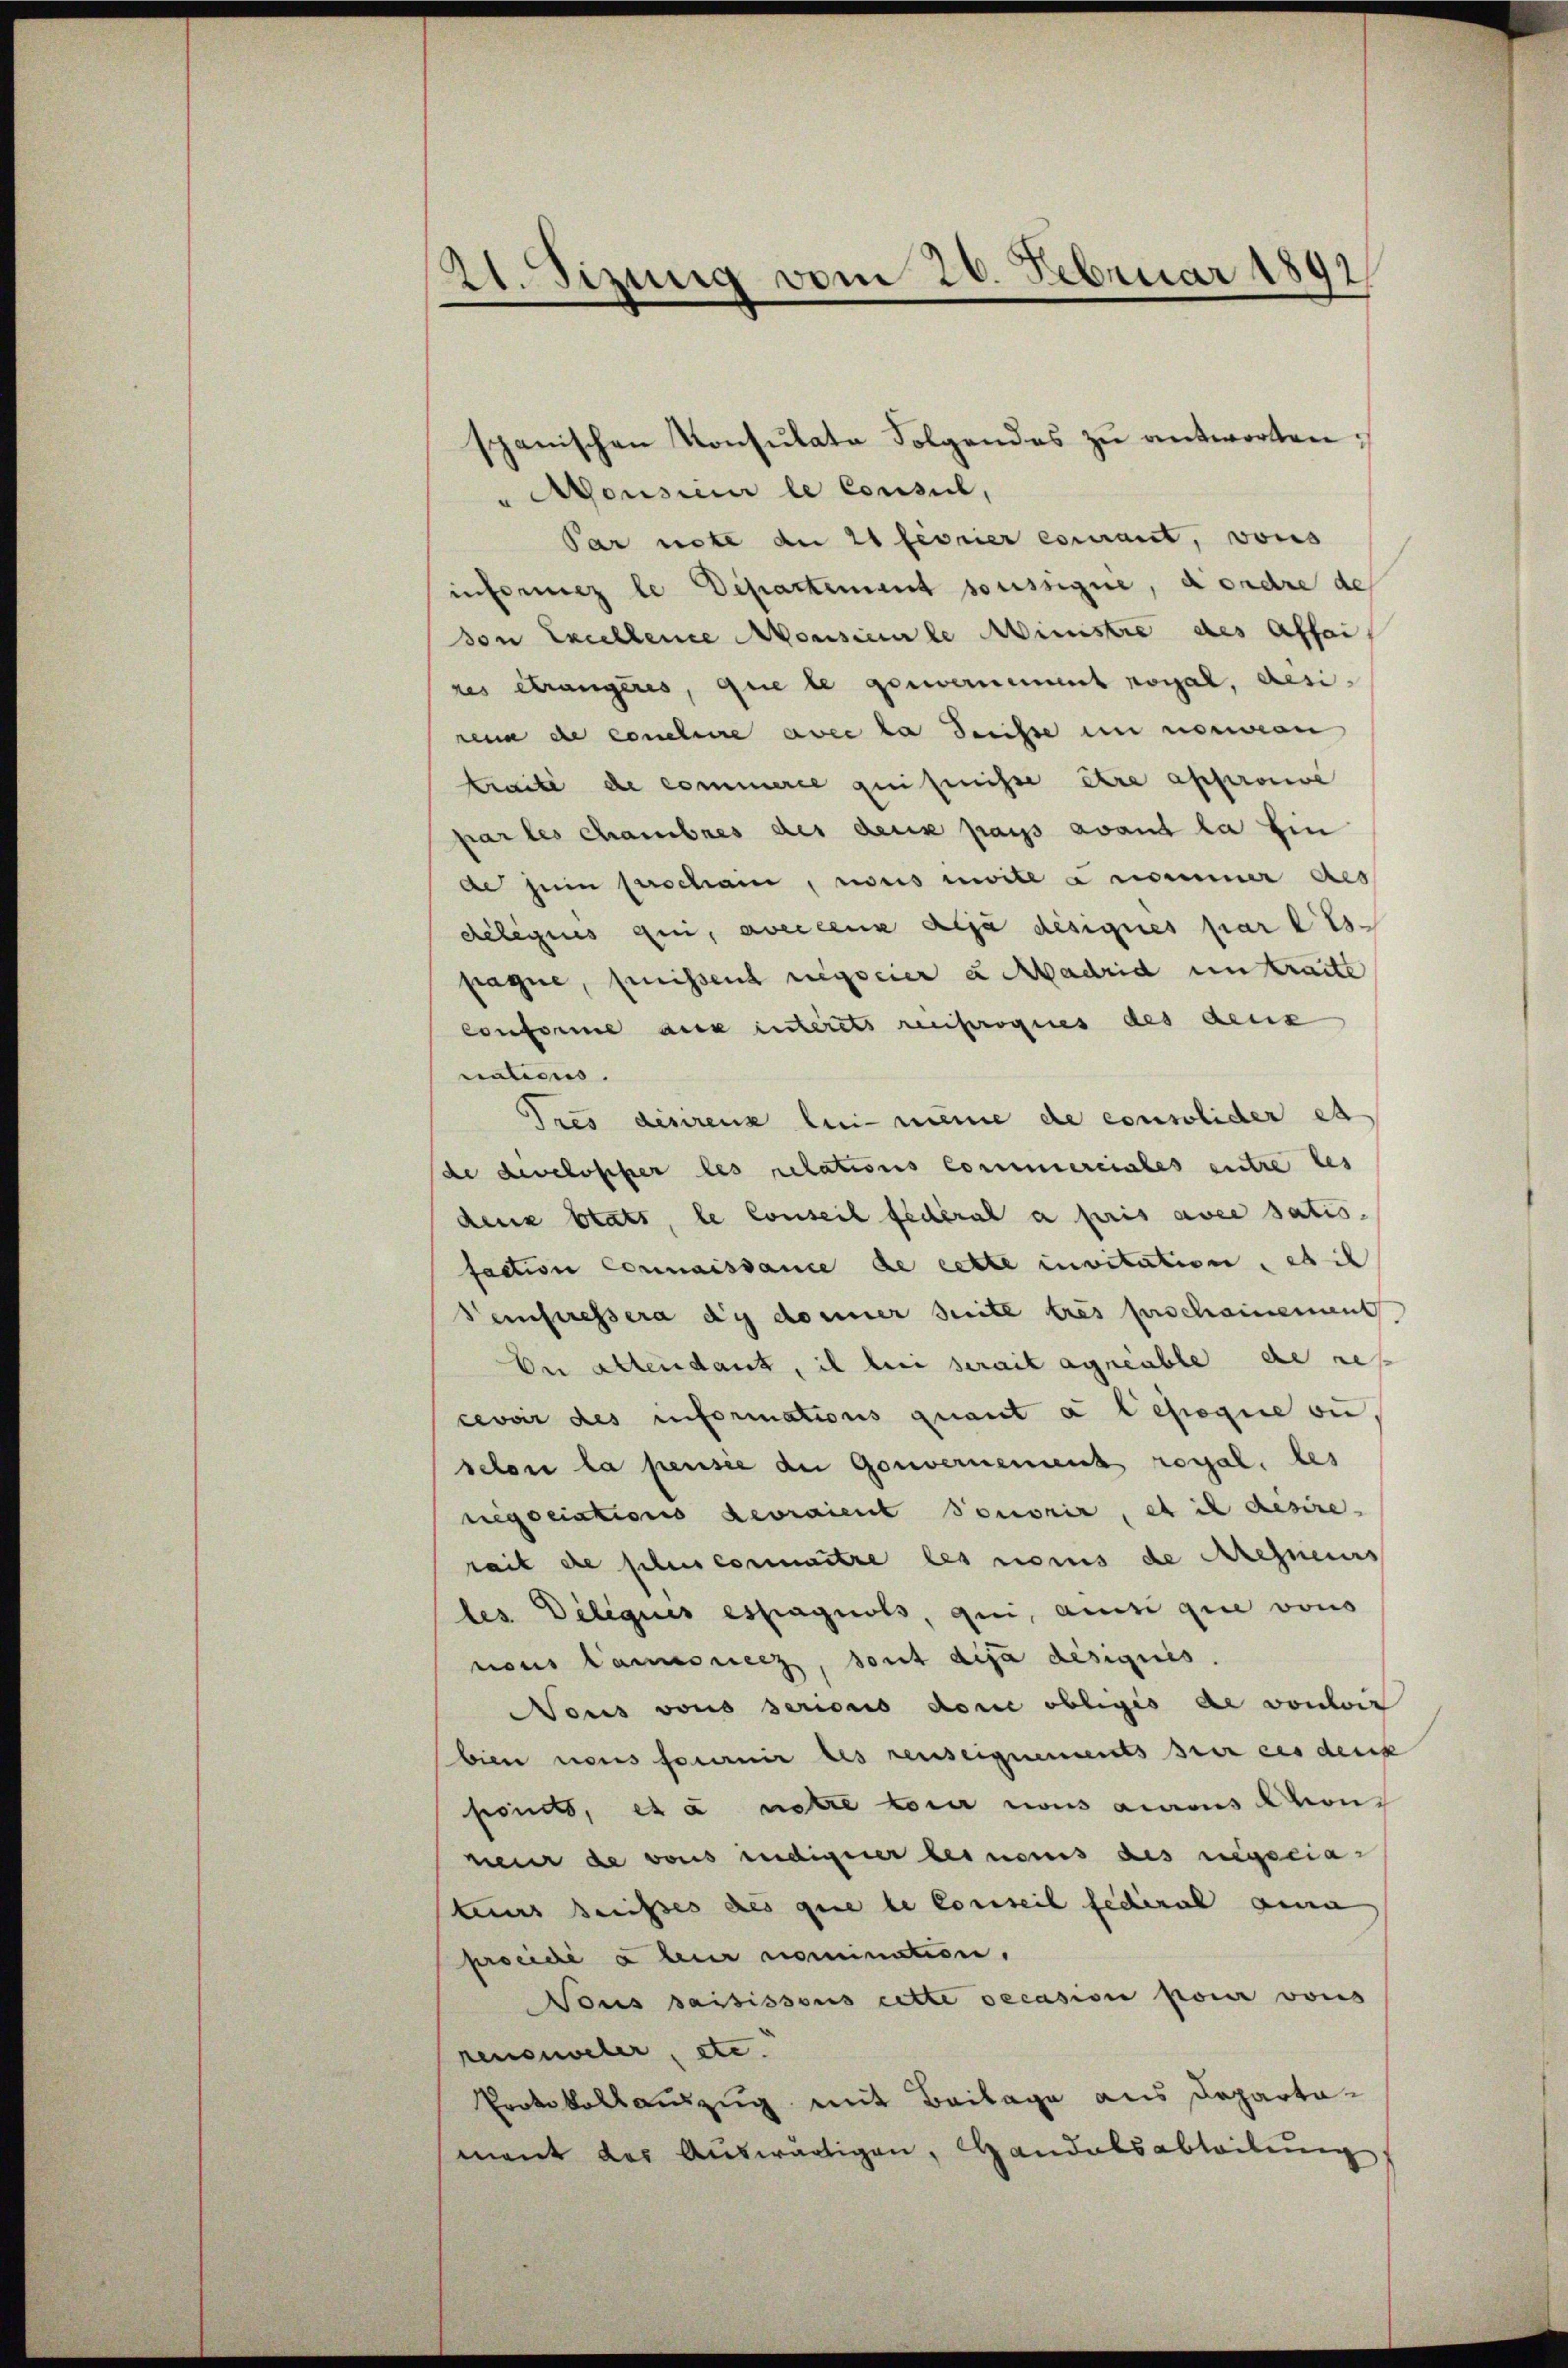
21. Sizung vom 20. Februar 1892

janischen Konsulate Folgendes zu antworten:
"Aousieur le Consul,
Par nete de 21 fivrier essant, vons
informez le Departement soussigne, a ordre des
von Excellence vorsicale Ministre des Affai
res étrangères, que le gouvernement moral, desirena de conclure avec la desse in nomien
kraité de commerce geeignisse être approuve
par les chambres des deux pays avant la hin
de sein verschain, reis unwill a nommer des
Religius qui, aveccene ala désignes par les
pague, penissend regscier u Madrid untraite
conforme aus interets reciproques des deux
nations.
dres dieserenz limine de consolider es
de develoscher les relations Commerciales entre des
denz blatt, le Conseil fédéral a pris avec satis.
faction Connaissance de cette invitation, es is
Veinferessera dy do einer Seite tres Erschannement
En altendant, ich bin serait agneable de res
cevoir des informations quant a lepogie si
selon la pensée de Gouvernement royal, les
nigociations devraient sonorir, et il desire.
rait de plus connaitre les nomis de Areneurs
les Deliques espagnols, qui, ainsi que vons
nous launerz, sont disa disiques.
Nous von seronis donne obliges de vorherr
bien nous fournir les reuseignements der eis denk
fonds, et a netze von nous aurons Conneur de vous indigerer les nems des regociakeurs heißes des que le Conseil feceral an
procede à leur nomination,
Vous saisissous cette decasion pour vors
renouveler, etc.
Protokollauszug mit Beilage aus Departamant der Auswärtigen, Handelsabteilung